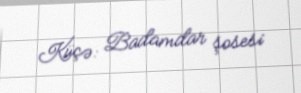
Küçə: Badamdar şosesi